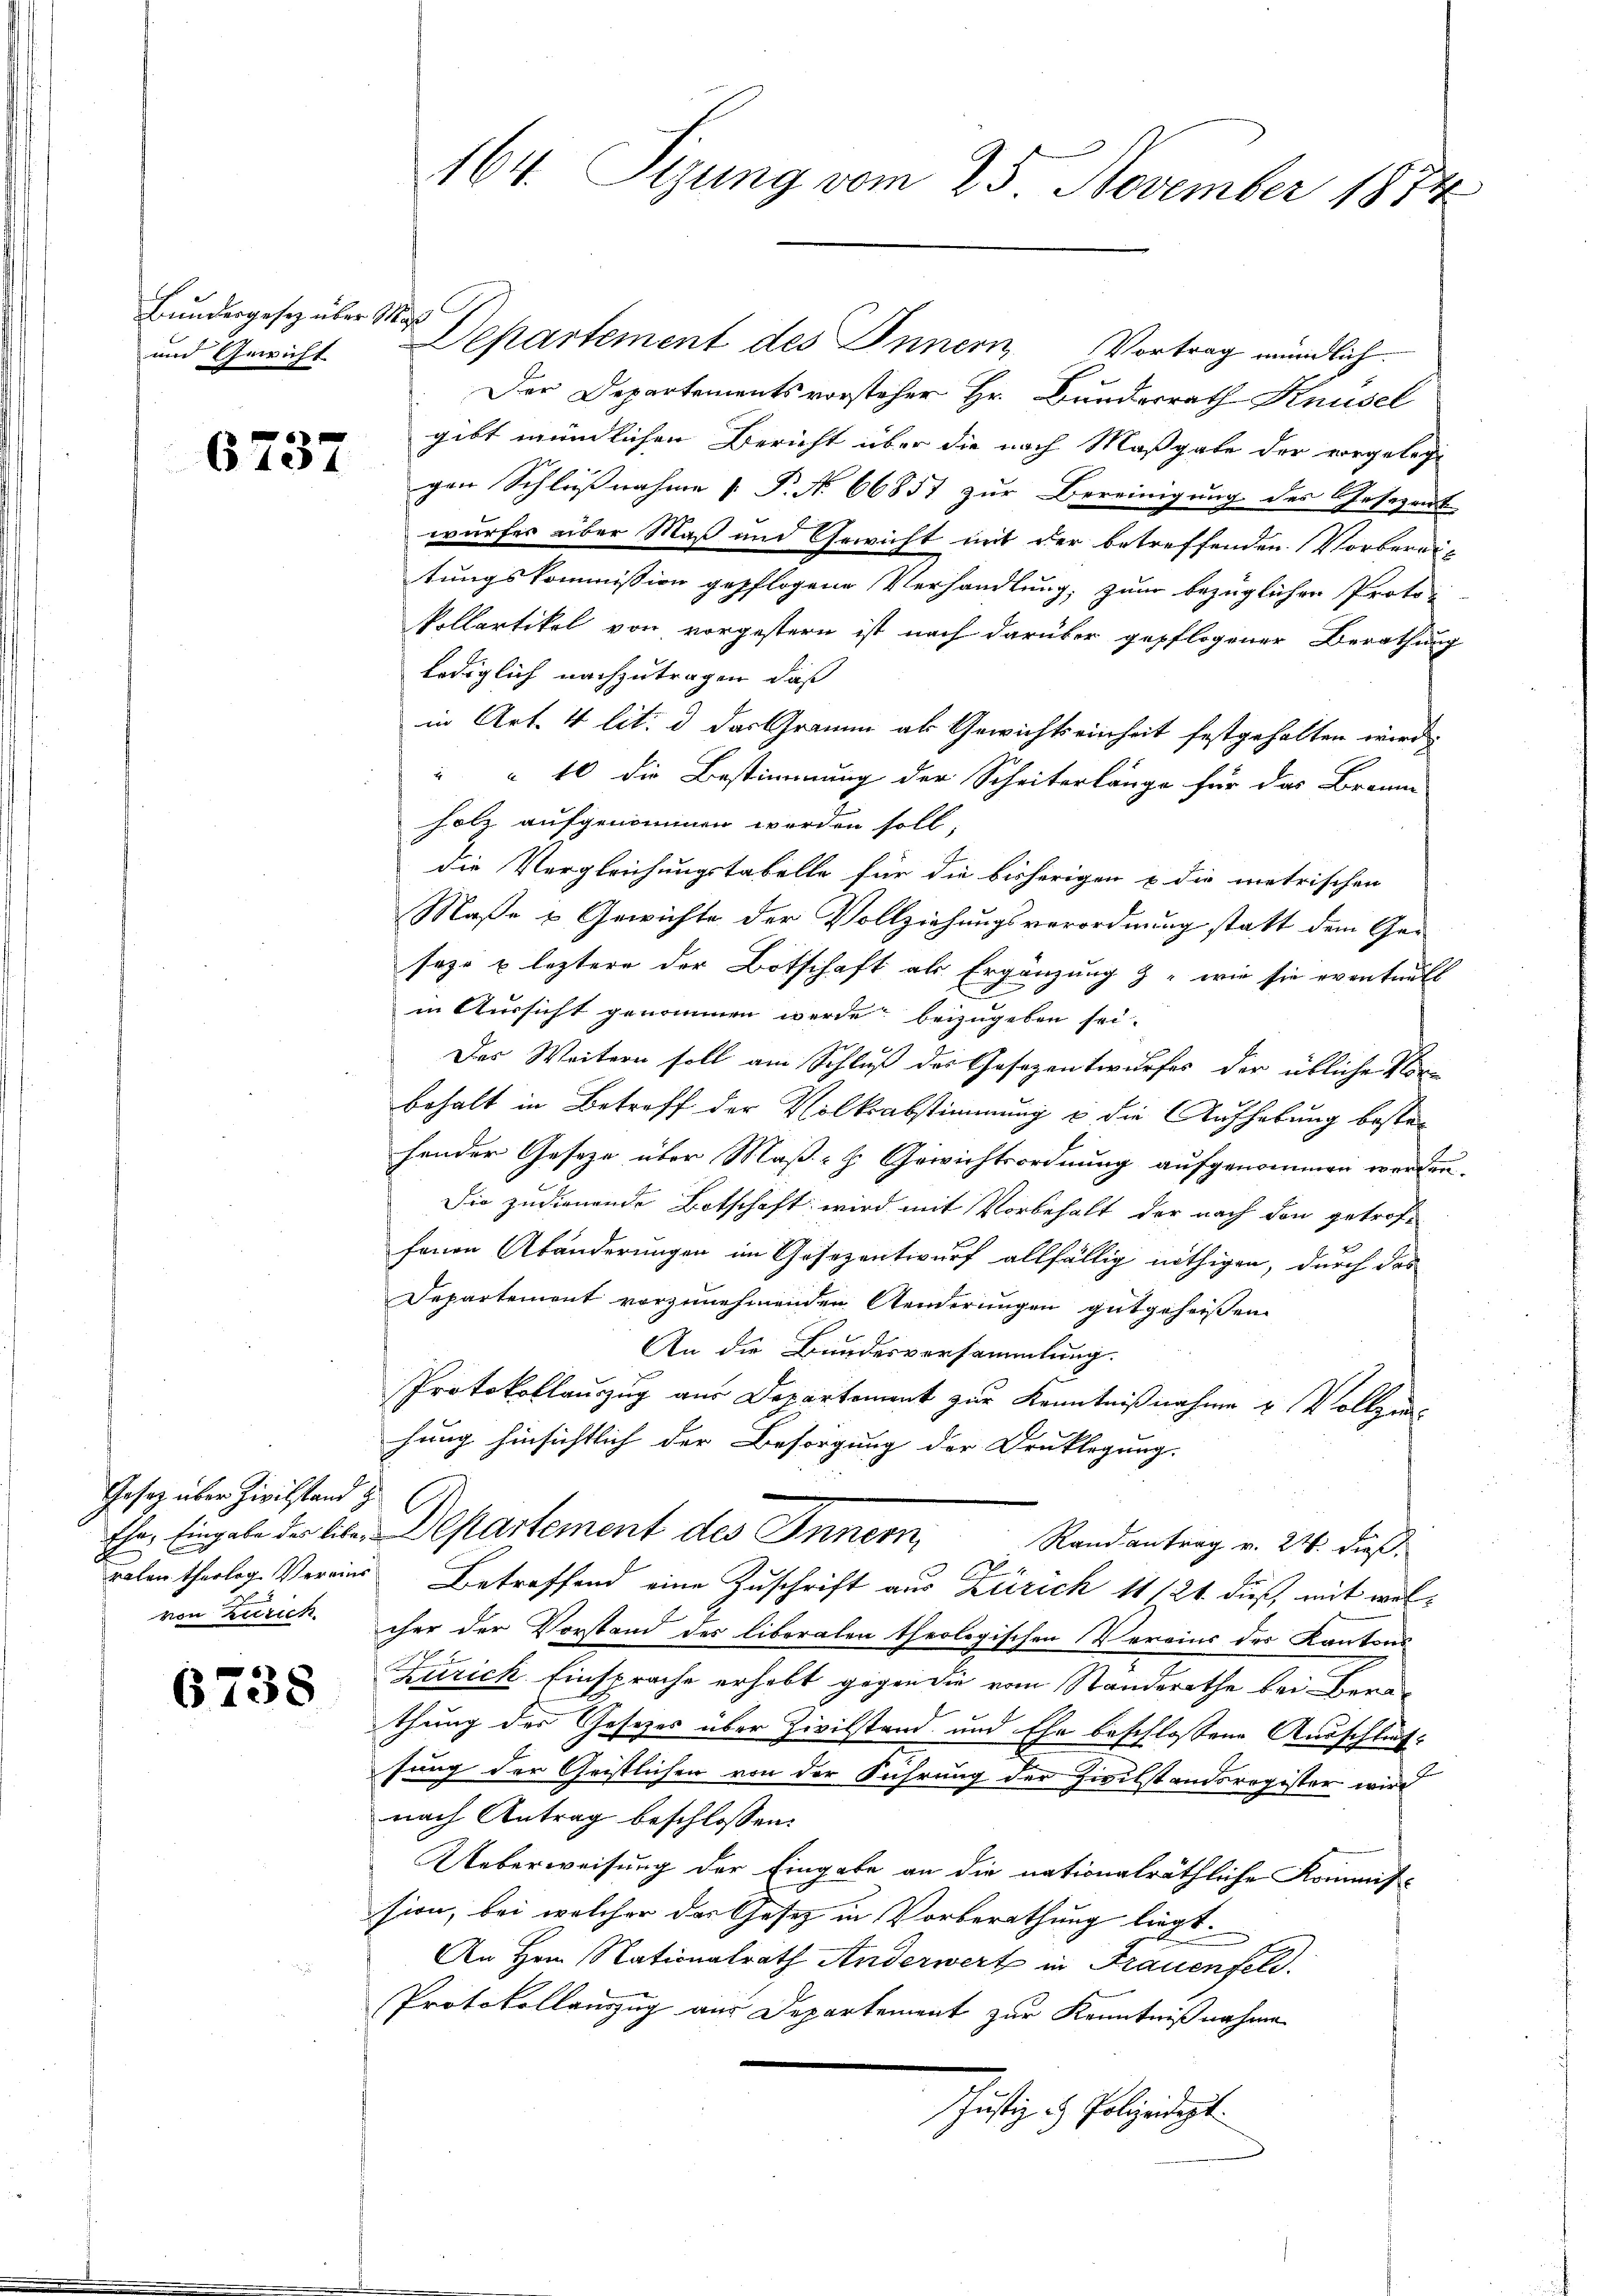
Bundesgesetz über Ma
und Gewicht

6737

Gesetz über Zivilstand z
von Zürich

6738

Departement des Innern Vortrag mündlich
Der Departementsvorsteher Hr. Bundesrath Knüsel
gibt mündlichen Bericht über die nach Maßgabe der vorgeleg
gen Schlußnahme  P. N. 66851 zur Bereinigung des Gesezente
wurfes über Maß und Gewicht mit der betreffenden Vorbereit
tungskommission gepflogene Verhandlung, zum bezüglichen Proto-
Pollartikel von vorgestern ist nach darüber gepflogener Berathung
lediglich nachzutragen, daß
in Art. 4 lit. d das Gramm als Gewichtseinheit festgehalten wird
" " 10 die Bestimmung der Scheiterlänge für das Braun
holz aufgenommen werden soll,
die Vergleichungstabelle für die bisherigen u die metrischen
Maße & Gewichte der Vollziehungsverordnung statt dem Ge-
seze u. leztere der Botschaft als Ergänzung z. wie sie eventuell
in Aussicht genommen werde beizugeben sei.
Das Weitern soll am Schluß des Gesezentwurfes der übliche Vor-
behalt in Betreff der Volksabstimmung & die Aufhebung bestehender Gesetze über Maß-H. Gewichtsordnung aufgenommen werden
Die zudienende Botschaft wird mit Vorbehalt der nach den getrof-
hanen Abänderungen im Gesezentwurf allfällig nöthigen, durch das
Departement vorzunehmenden Aenderungen gutgeheißen
An die Bundesversammlung.
Protokollauszug aus Departement zur Kenntnißnahme & Vollziehung hinsichtlich der Besorgung der Drucklegung.
Ehr. Eingabe der libe Departement des Innern, Randantrag v. 24. dießralen theolog. Vereins Betreffend eine Zuschrift aus Zürich 11124 dieß, mit welcher der Vorstand des liberalen theologischen Vereins des Kantons-
Zurick. Einsprache erhebt gegen die vom Standerathe bei Bera
thung des Gesetzes über Zivilstand und Ehe beschlossene Ausschlußsung der Geistlichen von der Führung der Zwilstandsregister wird
nach Antrag beschlossen:
Ueberweisung der Eingabe an die nationalräthliche Kommission, bei welcher das Gesetz in Vorberathung liegt.
An Hern Nationalrath Anderwert in Frauenfeld.
Protokollauszug aus Departement zur Kenntnißnahme
schustiz in Polizeigt.

164. Sizung vom 25. November 1874